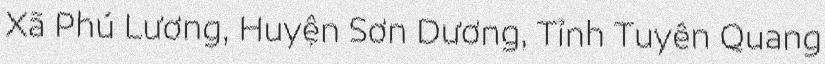
Xã Phú Lương, Huyện Sơn Dương, Tỉnh Tuyên Quang